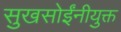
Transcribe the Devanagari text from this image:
सुखसोईंनीयुक्त